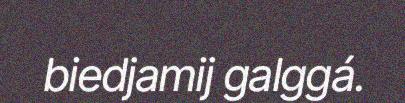
biedjamij galggá.